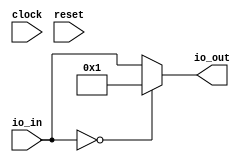
module EqModule( // @[:@3.2]
  input        clock, // @[:@4.4]
  input        reset, // @[:@5.4]
  input  [9:0] io_in, // @[:@6.4]
  output [9:0] io_out // @[:@6.4]
);
  wire  _T_5 = $signed(io_in) == 10'sh0; // @[SIntTypeClass.scala 55:48:@11.4]
  assign io_out = _T_5 ? $signed(10'sh1) : $signed(io_in); // @[TypeclassSpec.scala 38:51:@12.4]
endmodule